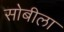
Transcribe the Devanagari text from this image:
सोबीला